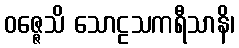
ဝဇ္ဇေသိ သောဠသကရီသာနိ၊